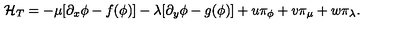
{ \cal H } _ { T } = - \mu [ \partial _ { x } \phi - f ( \phi ) ] - \lambda [ \partial _ { y } \phi - g ( \phi ) ] + u \pi _ { \phi } + v \pi _ { \mu } + w \pi _ { \lambda } .